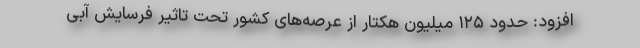
افزود: حدود ۱۲۵ میلیون هکتار از عرصه‌های کشور تحت تاثیر فرسایش آبی